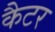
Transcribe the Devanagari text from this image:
कैटर